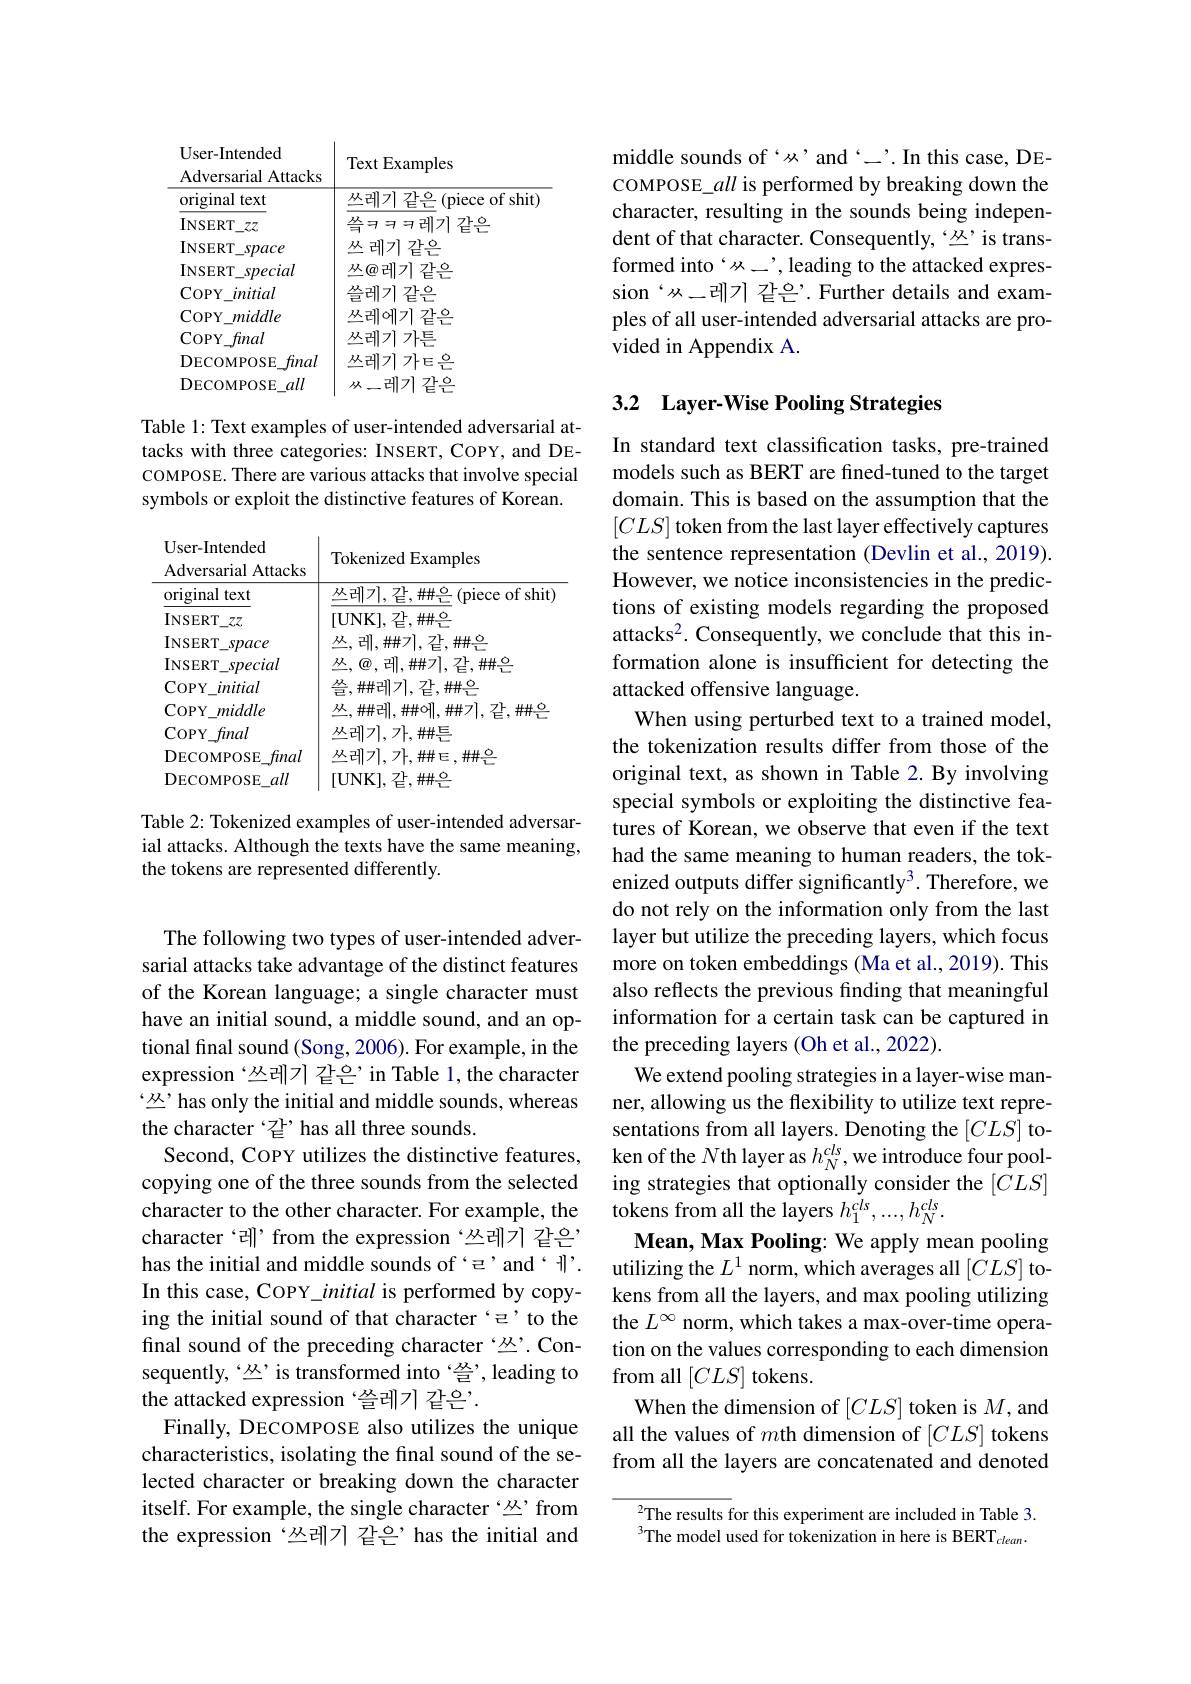
<table>
	<tbody>
		<tr>
			<td>User-Intended Adversarial Attacks</td>
			<td>Text Examples</td>
		</tr>
		<tr>
			<td>original text</td>
			<td>$\underline{{\text{쓰레기 같은}}}($piece of shit)</td>
		</tr>
		<tr>
			<td>$INSERT$ $I_{-27}$</td>
			<td>$\frac{\mathrm{W}}{\mathrm{п}}$국국국레기같$\frac{\mathrm{O}}{\mathrm{с}}$</td>
		</tr>
		<tr>
			<td>$\mathbf{INSERT}$ space</td>
			<td>丛 레기 같$\frac{0}{\mathrm{c}}$</td>
		</tr>
		<tr>
			<td>$\mathbf{INSERT}$ special</td>
			<td>丛@레기같$\frac{0}{1}$</td>
		</tr>
		<tr>
			<td>COPY initial</td>
			<td>$\frac{\text{쓰레기같}\frac{0}{1}}$</td>
		</tr>
		<tr>
			<td>COPY middle</td>
			<td>丛레에기같$\frac{0}{\mathrm{c}}$</td>
		</tr>
		<tr>
			<td>COPY final</td>
			<td>丛레기가튼</td>
		</tr>
		<tr>
			<td>DECOMPOSE final</td>
			<td>$\underline{{\text{丛레기 가}}}$Е$\frac{0}{\mathrm{L}}$</td>
		</tr>
		<tr>
			<td>DECOMPOSE $\exists all$</td>
			<td>从一레기같$\frac{0}{1}$</td>
		</tr>
	</tbody>
</table>

Table l: Text examples of user-intended adversarial attacks with three categories: INSERT, COPY, and DECOMPOSE. There are various attacks that involve special symbols or exploit the distinctive features of Korean.

<table>
	<tbody>
		<tr>
			<th>Surmestindes Adversarial Attacks</th>
			<th>Tokenized Examples</th>
		</tr>
		<tr>
			<td>original text</td>
			<td>$\underline{{\text{쓰레기,같,\#\#}\frac{\mathrm{o}}{\mathrm{L}}}}($piece of shit)</td>
		</tr>
		<tr>
			<td>INSERT -77</td>
			<td>[UNK],같$,\#\frac{\mathrm{o}}{\mathrm{c}}$</td>
		</tr>
		<tr>
			<td>$INSERT$ space</td>
			<td>丛，레.$\#기.갇.\#点$</td>
		</tr>
		<tr>
			<td>INSERT special</td>
			<td>丛，@,레,$\#기.갇,栅点$</td>
		</tr>
		<tr>
			<td>$\operatorname{COPY}$ initial</td>
			<td>$\frac{\mathcal{M}}{\Xi},\#$레기,같$,\#\frac{\circ}{1}$</td>
		</tr>
		<tr>
			<td>COPY middle</td>
			<td>$丛，\#$레.##에. $.\#$기.갇.拼点</td>
		</tr>
		<tr>
			<td>COPY final</td>
			<td>丛레기,가,卌트</td>
		</tr>
		<tr>
			<td>DECOMPOSE final</td>
			<td>$\underline{{\text{丛레기,가,\#\#}}}\in,\#\frac{\circ}{1}$</td>
		</tr>
		<tr>
			<td>DECOMPOSE iall</td>
			<td>$,\mathbb{Z},\#\frac{0}{1}$</td>
		</tr>
	</tbody>
</table>

Table 2: Tokenized examples of user-intended adversarial attacks. Although the texts have the same meaning, the tokens are represented differently.

The following two types of user-intended adversarial attacks take advantage of the distinct features of the Korean language; a single character must have an initial sound, a middle sound, and an optional final sound (Song, 2006). For example, in the expression‘쓰레기 같은’in Table 1,the character “丛’has only the initial and middle sounds, whereas the character‘같’has all three sounds.
Second, COPY utilizes the distinctive features, copying one of the three sounds from the selected character to the other character. For example, the character‘레’from the expression‘쓰레기 같은’ has the initial and middle sounds of é'and‘f'. In this case, COPY initial is performed by copying the initial sound of that character‘=’to the final sound of the preceding character‘丛’.Consequently,‘丛’is transformed into‘쓸’,leading to the attacked expression ‘쓸레기 같은’.
Finally, DECOMPOSE also utilizes the unique characteristics, isolating the final sound of the selected character or breaking down the character itself. For example, the single character‘丛’from the expression‘丛레기 같은’has the initial and

middle sounds of‘x’and‘_.In this case, DECOMPOSE\_all is performed by breaking down the character, resulting in the sounds being independent of that character. Consequently, ‘丛’is transformed into‘从_, leading to the attacked expression‘从一레기 같은'.Further details and examples of all user-intended adversarial attacks are provided in Appendix A.

## 3.2 Layer-Wise Pooling Strategies

In standard text classification tasks, pre-trained models such as BERT are fined-tuned to the target domain. This is based on the assumption that the $[CLS]$ token from the last layer effectively captures the sentence representation (Devlin et al., 2019) However, we notice inconsistencies in the predictions of existing models regarding the proposed attacks$^2.$ Consequently, we conclude that this information alone is insufficient for detecting the attacked offensive language.
When using perturbed text to a trained model, the tokenization results differ from those of the original text, as shown in Table 2.By involving special symbols or exploiting the distinctive features of Korean, we observe that even if the text had the same meaning to human readers, the tokenized outputs differ significantly$^3.$ Therefore, we do not rely on the information only from the last layer but utilize the preceding layers, which focus more on token embeddings (Ma et al., 2019). This also reflects the previous finding that meaningful information for a certain task can be captured in the preceding layers (Oh et al., 2022).
We extend pooling strategies in a layer-wise manner, allowing us the flexibility to utilize text representations from all layers. Denoting the $[CLS]$ token of the $N$th layer as $h_N^{cls}$,we introduce four pooling strategies that optionally consider the $[CLS]$ tokens from all the layers $h_1^{cls},...,h_N^{cls}.$
Mean, Max Pooling: We apply mean pooling utilizing the $L^1$ norm, which averages all $[CLS]$ tokens from all the layers, and max pooling utilizing the $L^{\infty}$ norm, which takes a max-over-time operation on the values corresponding to each dimension from all $[CLS]$ tokens.
When the dimension of $[CLS]$ token is $M$, and all the values of $m$th dimension of $[CLS]$ tokens from all the layers are concatenated and denoted

The results for this experiment are included in Table 3. $^{3}$The model used for tokenization in here is BERT$_clean.$